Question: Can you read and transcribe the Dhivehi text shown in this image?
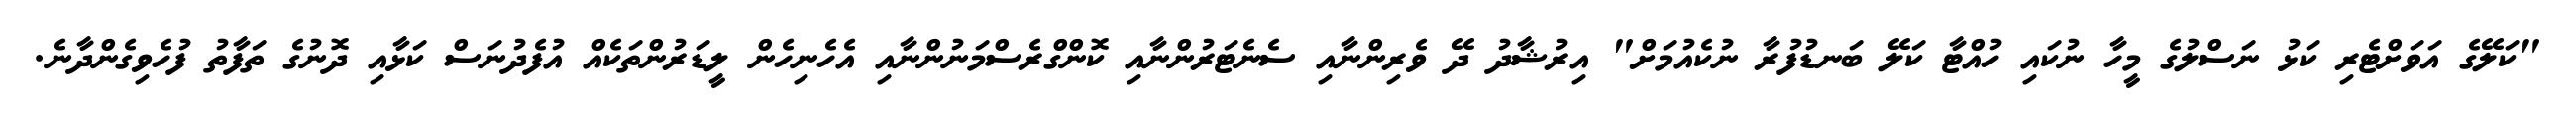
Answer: "ކަލޭގެ އަވަށްޓެރި ކަޅު ނަސްލުގެ މީހާ ނުކައި ހުއްޓާ ކަލޭ ބަނޑުފުރާ ނުކެއުމަށް" އިރުޝާދު ދޭ ވެރިންނާއި ސެނެޓަރުންނާއި ކޮންގްރެސްމަނުންނާއި އެހެނިހެން ލީޑަރުންތަކެއް އުފެދުނަސް ކަޅާއި ދޮނުގެ ތަފާތު ފުހެވިގެންދާނެ.